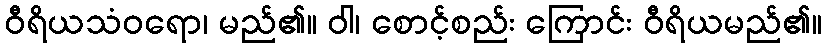
ဝီရိယသံဝရော၊ မည်၏။ ဝါ၊ စောင့်စည်း ကြောင်း ဝီရိယမည်၏။